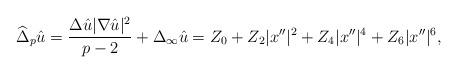
LaTeX: \begin{align*}\widehat\Delta_p\hat u = \frac{\Delta \hat u |\nabla \hat u|^2}{p - 2} + \Delta_{\infty}\hat u= Z_0 + Z_2 |x''|^2 + Z_4 |x''|^4 + Z_6 |x''|^6,\end{align*}